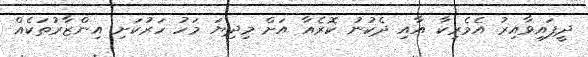
ދީފައިވާއިރު އެމެރިކާ އާއި ދެކުނު ކޮރެއާ އަށް މިދިޔަ މަހު ހަރުކަށި އިންޒާރުތަކެއް